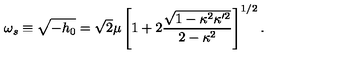
\omega _ { s } \equiv \sqrt { - h _ { 0 } } = \sqrt { 2 } \mu \left[ 1 + 2 \frac { \sqrt { 1 - \kappa ^ { 2 } \kappa ^ { \prime 2 } } } { 2 - \kappa ^ { 2 } } \right] ^ { 1 / 2 } .